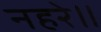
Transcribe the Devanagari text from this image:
नहरे॥